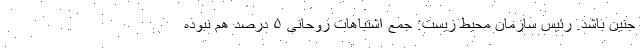
جنین باشد. رئیس سازمان محیط زیست: جمع اشتباهات روحانی ۵ درصد هم نبوده